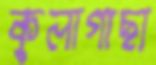
কুলাগাছা